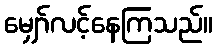
မျှော်လင့်နေကြသည်။